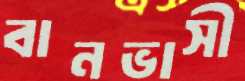
বানভাসী